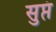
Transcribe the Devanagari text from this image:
सुप्तं